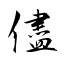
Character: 儘